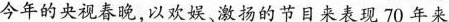
今年的央视春晚，以欢娱、激扬的节目来表现70年来